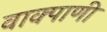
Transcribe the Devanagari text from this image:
वाक्पाणी